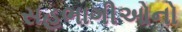
સહભાગીઓનો